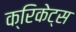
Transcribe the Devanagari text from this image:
क्रिकेट्स